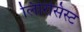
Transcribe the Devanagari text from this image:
लिरिसिस्ट